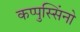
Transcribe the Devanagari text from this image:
कप्पुस्सिंनो